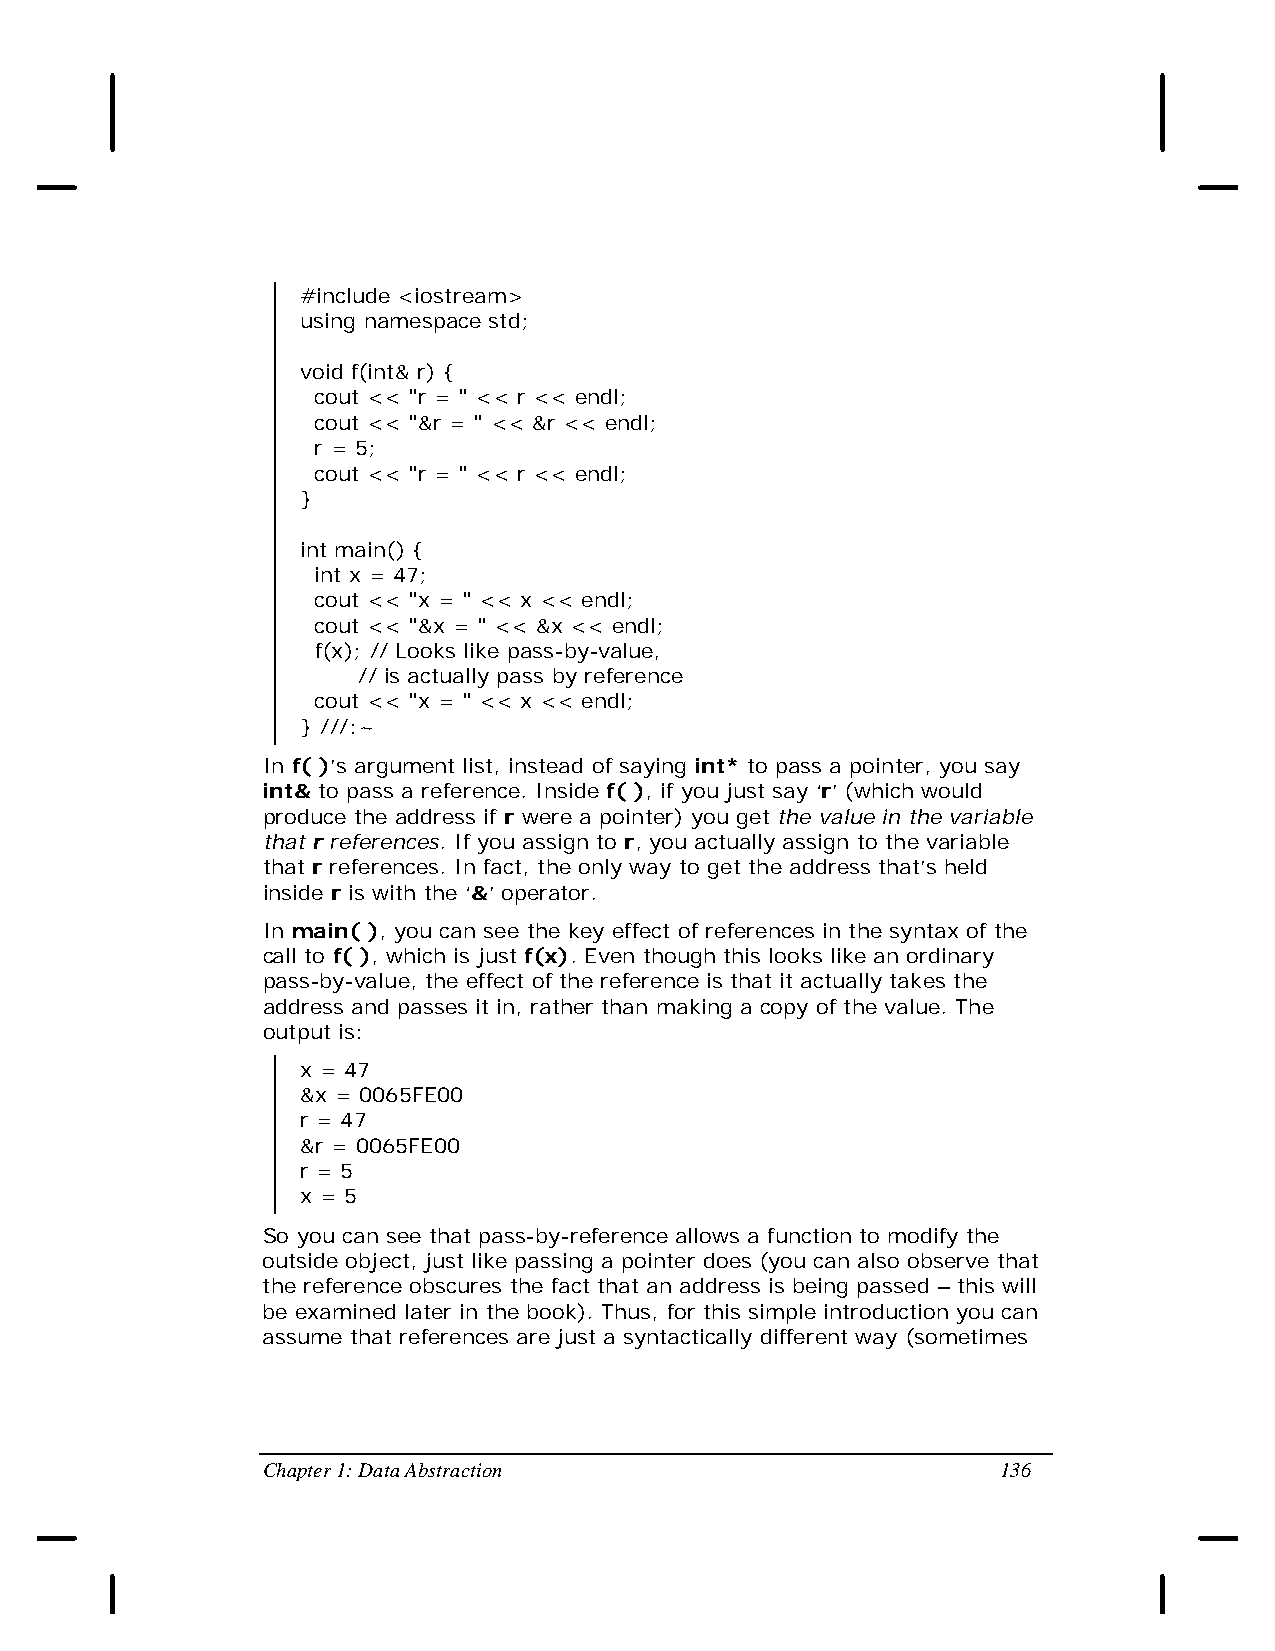
#include <iostream>
 using namespace std;
 void f(int& r) {
 cout << "r = " << r << endl;
 cout << "&r = " << &r << endl;
 r = 5;
 cout << "r = " << r << endl;
 }
 int main() {
 int x = 47;
 cout << "x = " << x << endl;
 cout << "&x = " << &x << endl;
 f(x); // Looks like pass-by-value,
 // is actually pass by reference
 cout << "x = " << x << endl;
 } ///:~
 In f( )’s argument list, instead of saying int* to pass a pointer, you say
 int& to pass a reference. Inside f( ), if you just say ‘r’ (which would
 produce the address if r were a pointer) you get the value in the variable
 that r references. If you assign to r, you actually assign to the variable
 that r references. In fact, the only way to get the address that’s held
 inside r is with the ‘&’ operator.
 In main( ), you can see the key effect of references in the syntax of the
 call to f( ), which is just f(x). Even though this looks like an ordinary
 pass-by-value, the effect of the reference is that it actually takes the
 address and passes it in, rather than making a copy of the value. The
 output is:
 x = 47
 &x = 0065FE00
 r = 47
 &r = 0065FE00
 r = 5
 x = 5
 So you can see that pass-by-reference allows a function to modify the
 outside object, just like passing a pointer does (you can also observe that
 the reference obscures the fact that an address is being passed – this will
 be examined later in the book). Thus, for this simple introduction you can
 assume that references are just a syntactically different way (sometimes
 Chapter 1: Data Abstraction                      136